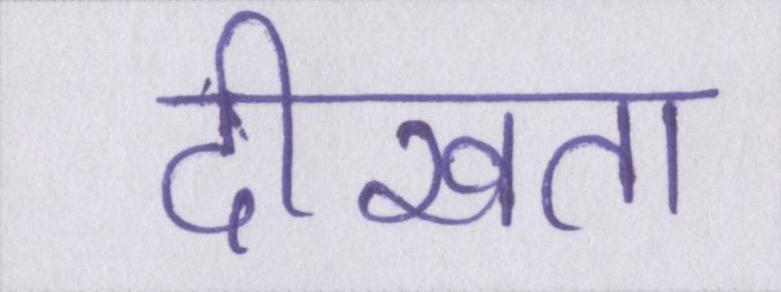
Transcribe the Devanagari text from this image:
दीखता